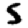
Digit: 5